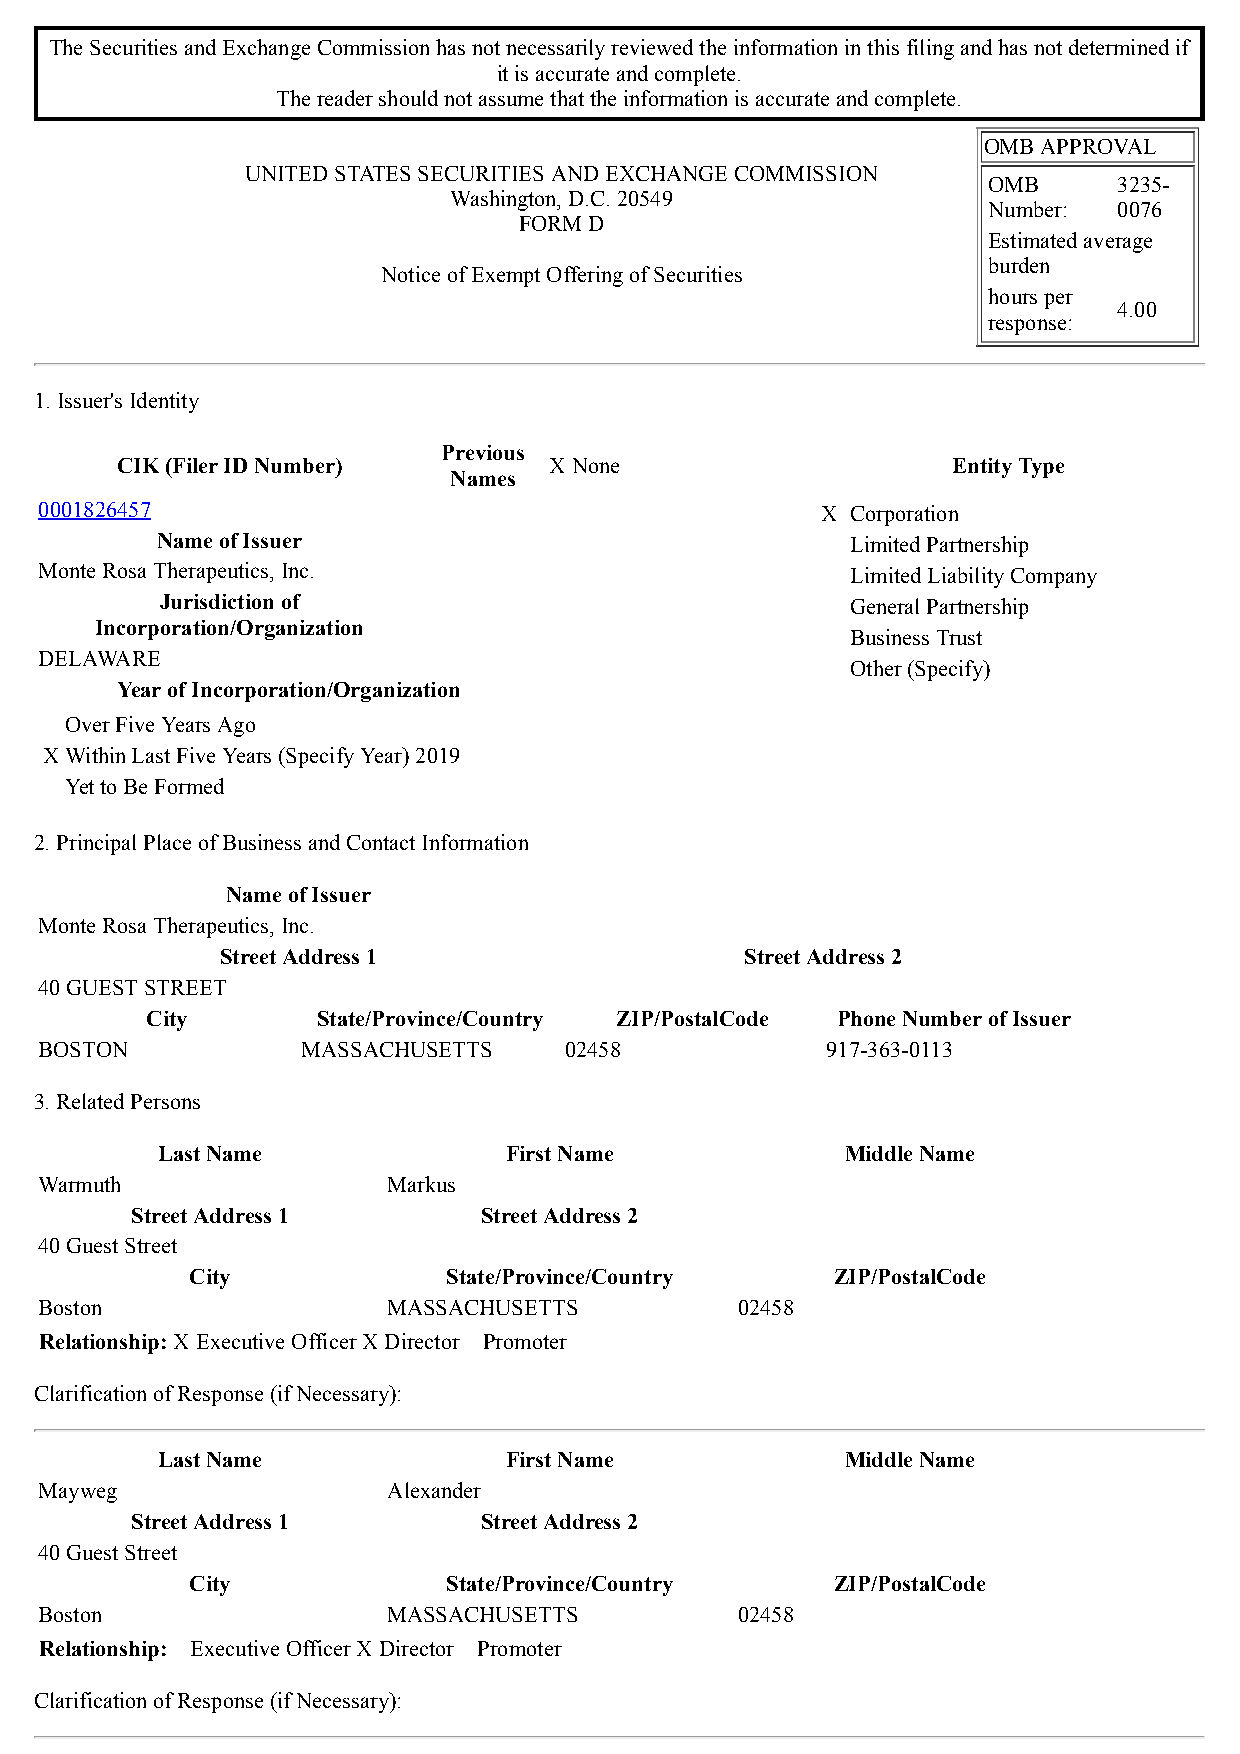
The Securities and Exchange Commission has not necessarily reviewed the information in this filing and has not determined if
 it is accurate and complete.
 The reader should not assume that the information is accurate and complete.
 OMB APPROVAL
 UNITED STATES SECURITIES AND EXCHANGE COMMISSION
 OMB      3235-
 Washington, D.C. 20549
 Number:  0076
 FORM D
 Estimated average
 burden
 Notice of Exempt Offering of Securities
 hours per
 4.00
 response:
 1. Issuer's Identity
 Previous
 CIK (Filer ID Number)       X None                     Entity Type
 Names
 0001826457                                         X Corporation
 Name of Issuer                                Limited Partnership
 Monte Rosa Therapeutics, Inc.                        Limited Liability Company
 Jurisdiction of                              General Partnership
 Incorporation/Organization
 Business Trust
 DELAWARE
 Other (Specify)
 Year of Incorporation/Organization
 Over Five Years Ago
 X Within Last Five Years (Specify Year) 2019
 Yet to Be Formed
 2. Principal Place of Business and Contact Information
 Name of Issuer
 Monte Rosa Therapeutics, Inc.
 Street Address 1                  Street Address 2
 40 GUEST STREET
 City       State/Province/Country ZIP/PostalCode Phone Number of Issuer
 BOSTON           MASSACHUSETTS    02458             917-363-0113
 3. Related Persons
 Last Name              First Name             Middle Name
 Warmuth                Markus
 Street Address 1       Street Address 2
 40 Guest Street
 City             State/Province/Country   ZIP/PostalCode
 Boston                 MASSACHUSETTS          02458
 Relationship:X Executive OfficerX Director Promoter
 Clarification of Response (if Necessary):
 Last Name              First Name             Middle Name
 Mayweg                 Alexander
 Street Address 1       Street Address 2
 40 Guest Street
 City             State/Province/Country   ZIP/PostalCode
 Boston                 MASSACHUSETTS          02458
 Relationship: Executive OfficerX Director Promoter
 Clarification of Response (if Necessary):